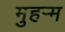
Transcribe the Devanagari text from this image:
मुहर्‍म